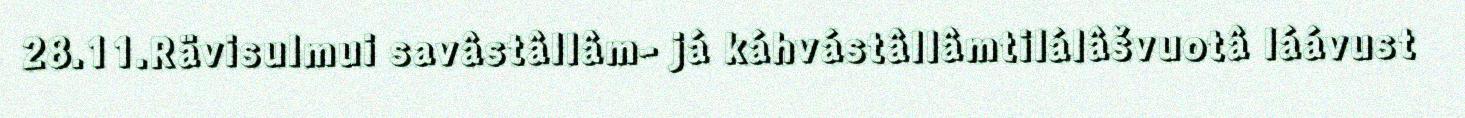
28.11.Rävisulmui savâstâllâm- já káhvástâllâmtilálâšvuotâ láávust